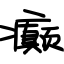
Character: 癫